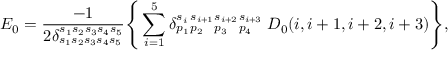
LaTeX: E _ { 0 } = \frac { - 1 } { 2 \delta _ { s _ { 1 } s _ { 2 } s _ { 3 } s _ { 4 } s _ { 5 } } ^ { s _ { 1 } s _ { 2 } s _ { 3 } s _ { 4 } s _ { 5 } } } \Bigg \{ \sum _ { i = 1 } ^ { 5 } \delta { } _ { p _ { 1 } } ^ { s _ { i } } { } _ { p _ { 2 } } ^ { s _ { i + 1 } } { } _ { p _ { 3 } } ^ { s _ { i + 2 } } { } _ { p _ { 4 } } ^ { s _ { i + 3 } } \; D _ { 0 } ( i , i + 1 , i + 2 , i + 3 ) \Biggr \} ,